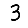
Digit: 3